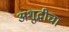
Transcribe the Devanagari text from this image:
अशुद्धीचा